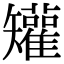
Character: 𥐓